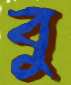
বু